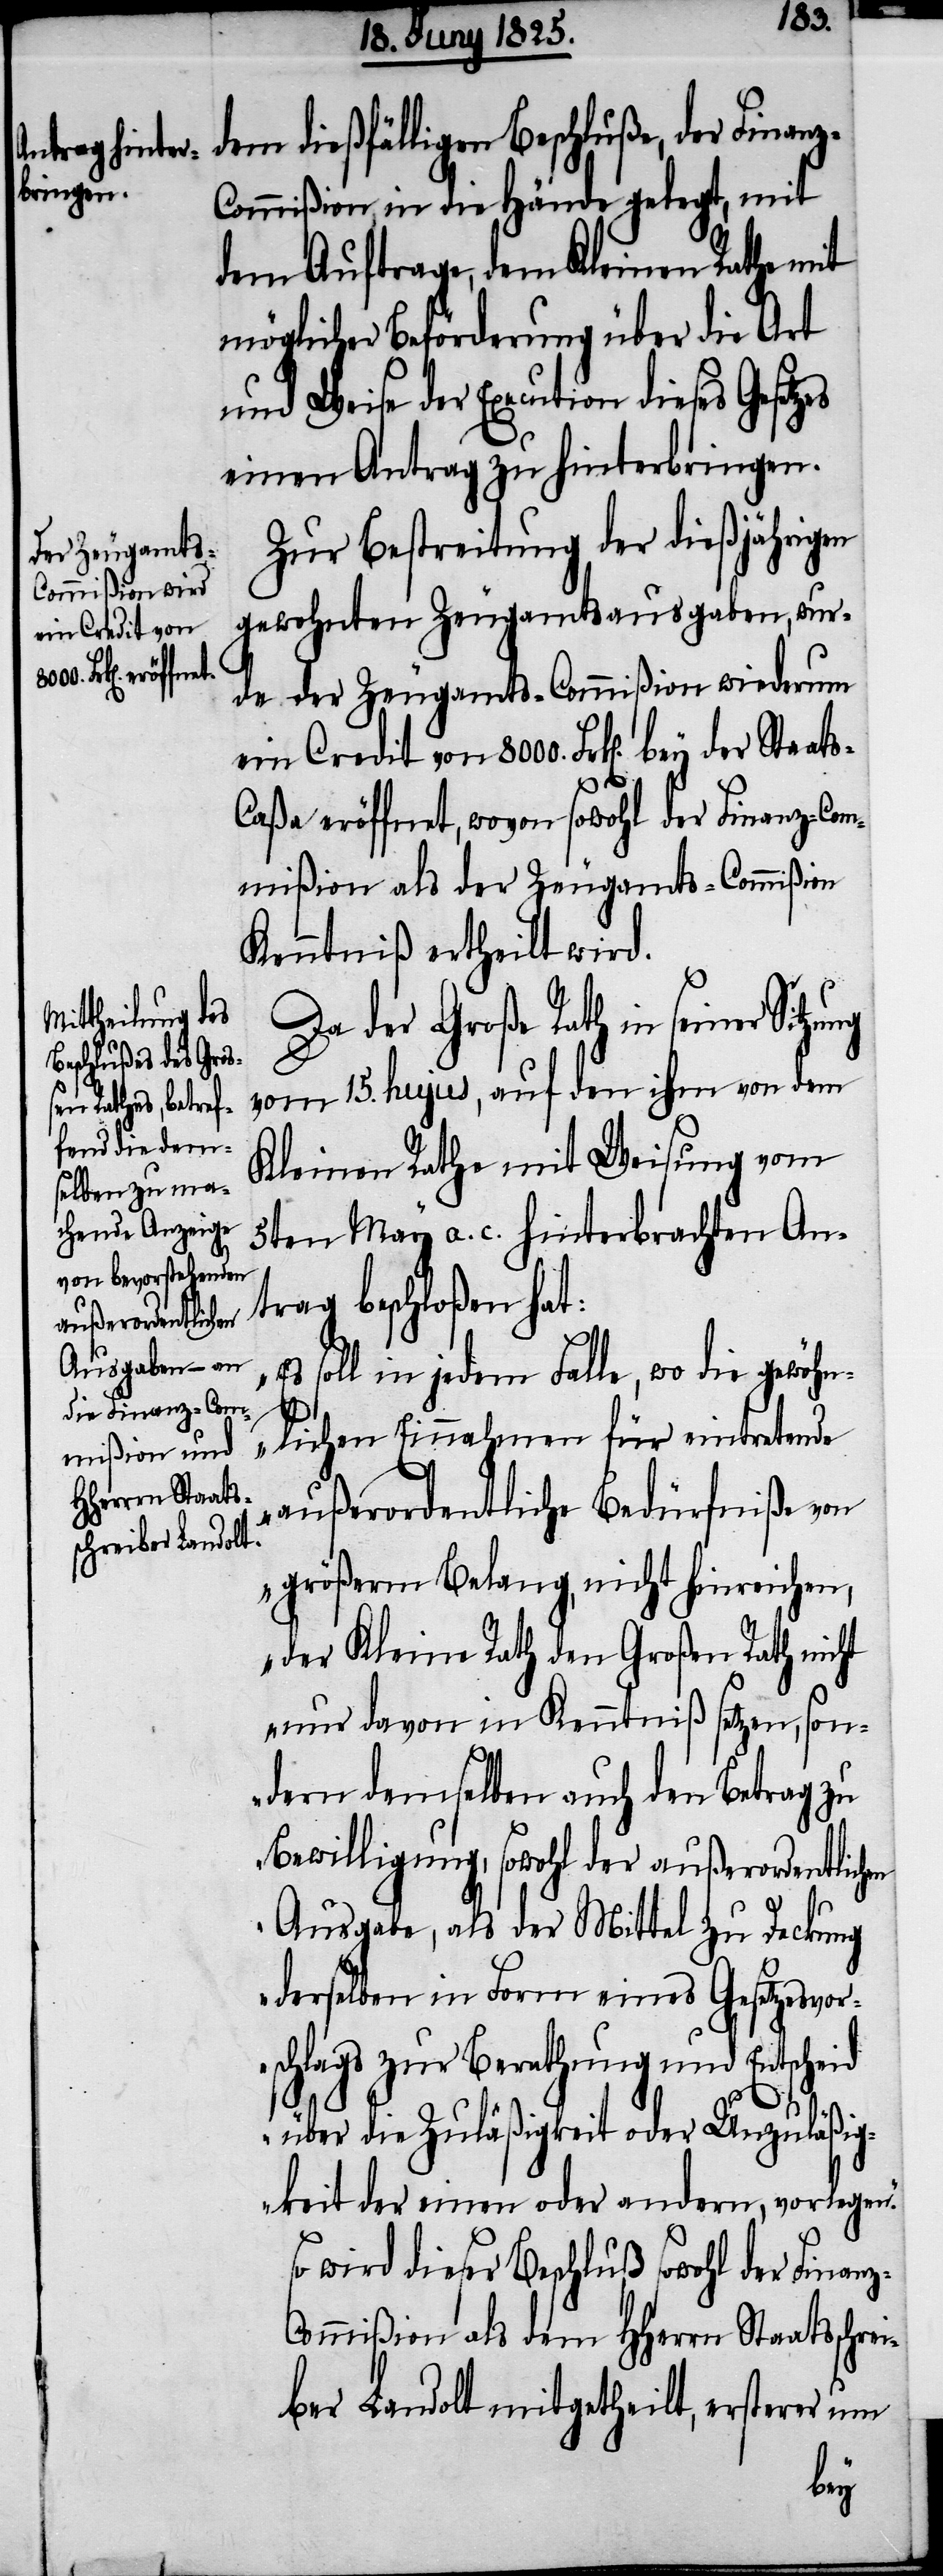
dem dießfälligen Beschluße, der Finan¬
ommißion, in die Hände gelegt, mit
dem Auftrage, dem Kleinen Rathe mit
möglicher Beförderung über die Art
und Weise der Execution dieses Gesetzes
einen Antrag zu hinterbringen.
Zur Bestreitung der dießjährigen
gewohnten Zeugamtsausgaben, wur¬
de der Zeugamts-Commißion wiederum
ein Credit von 8000. Frk[en]. bey der Staat¬
s-Caßa eröffnet, wovon sowohl der Finanz-Com¬
mißion als der Zeugamts-Commißion
Kenntniß ertheilt wird.
Da der Große Rath in seiner Sitzu¬
vom 15. hujus, auf den ihm von dem
Kleinen Rathe mit Weisung vom
5ten May a. c. hinterbrachten An¬
„Es
trag beschloßen hat:
soll in jedem Falle, wo die gewöhn¬
lichen Einnahmen für eintretende
außerordentliche Bedürfniße von
größerm Belang, nicht hinreichen,
der Kleine Rath den Großen Rath nicht
nur davon in Kenntniß setzen, son¬
dern demselben auch den Betrag zu
Bewilligung, sowohl der außerordentlich¬
z-C¬
Ausgabe, als der Mittel zu Deckung
derselben in Form eines Gesetzesvor¬
schlags zur Berathung und Entscheid
über die Zuläßigkeit oder Unzuläßig¬
keit der einen oder andern, vorlegen.“
So wird dieser Beschluß sowohl der Finan¬
ommißion als dem HHerrn Staatsschre¬
iber Landolt mitgetheilt, ersterer um